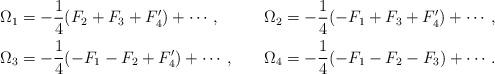
LaTeX: \begin{align*}\renewcommand{\arraystretch}{2} \begin{array}{lcl}\displaystyle \Omega_1 = -\frac{1}{4}(F_2+F_3+F'_4)+\cdots, & ~ &\displaystyle \Omega_2 = -\frac{1}{4}(-F_1+F_3+F'_4)+\cdots, \\\displaystyle \Omega_3 = -\frac{1}{4}(-F_1-F_2+F'_4)+\cdots, & ~ &\displaystyle \Omega_4 = -\frac{1}{4}(-F_1-F_2-F_3)+\cdots. \end{array}\end{align*}